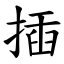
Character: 插